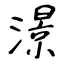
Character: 澋